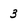
Character: 3